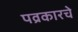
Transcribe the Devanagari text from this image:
पव्रकारचे